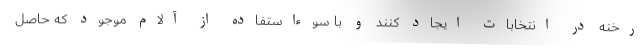
رخنه در انتخابات ایجاد کنند و با سوءاستفاده از آلام موجود که حاصل